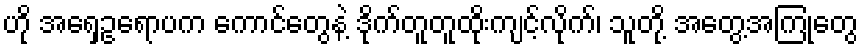
ဟို အရှေ့ဥရောပက ကောင်တွေနဲ့ ဒိုက်တူတူထိုးကျင့်လိုက်၊ သူတို့ အတွေ့အကြုံတွေ